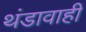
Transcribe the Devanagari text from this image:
थंडावाही